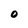
Character: 0